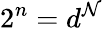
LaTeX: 2^{n}=d^{\mathcal{N}}